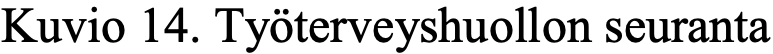
Kuvio 14. Työterveyshuollon seuranta